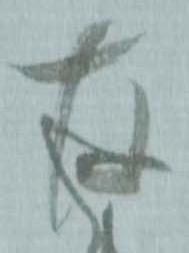
存